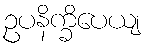
ဥပနိက္ခိပေယျ